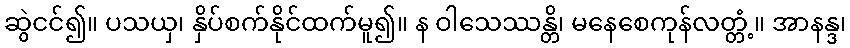
ဆွဲငင်၍။ ပသယှ၊ နှိပ်စက်နိုင်ထက်မူ၍။ န ဝါသေဿန္တိ၊ မနေစေကုန်လတ္တံ့။ အာနန္ဒ၊